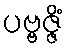
ပဗ္ဗဇ္ဇိံ